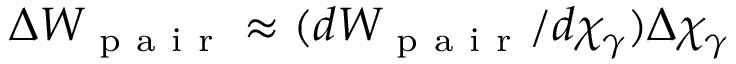
\Delta W _ { \mathrm { ~ p ~ a ~ i ~ r ~ } } \approx ( d W _ { \mathrm { ~ p ~ a ~ i ~ r ~ } } / d \chi _ { \gamma } ) \Delta \chi _ { \gamma }